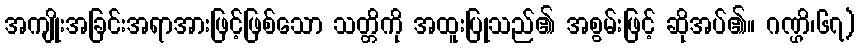
အကျိုးအခြင်းအရာအားဖြင့်ဖြစ်သော သတ္တိကို အထူးပြုသည်၏ အစွမ်းဖြင့် ဆိုအပ်၏။ ဂဏ္ဌိ၊၆၇)